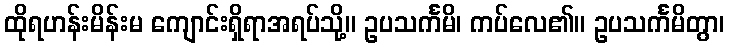
ထိုရဟန်းမိန်းမ ကျောင်းရှိရာအရပ်သို့။ ဥပသင်္ကမိ၊ ကပ်လေ၏။ ဥပသင်္ကမိတွာ၊